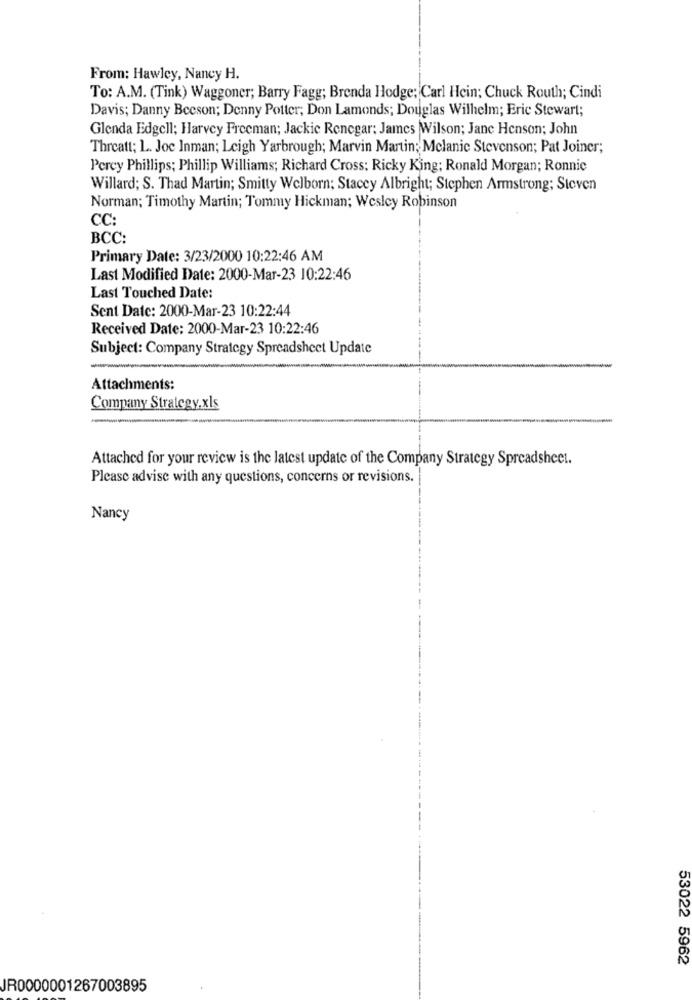
From: Hawley, Nancy H.
To: A.M. (Tink) Waggoner; Barry Fagg; Brenda Hodge: Carl Hein; Chuck Routh; Cindi
Davis; Danny Beeson; Denny Potter; Don Lamonds; Douglas Wilhelm; Eric Stewart;
Glenda Edgell; Harvey Freeman; Jackie Renegar: James Wilson; Jane Henson; John
Threatt; L. Joc Inman; Leigh Yarbrough; Marvin Martin; Melanie Stevenson; Pat Joiner;
Percy Phillips; Phillip Williams; Richard Cross: Ricky King; Ronald Morgan; Ronnic
Willard; S. Thad Martin; Smitty Welborn; Stacey Albright; Stephen Armstrong; Steven
Norman; Timothy Martin; Tommy Hickman; Wesley Robinson
CC:
BCC:
Primary Date: 3/23/2000 10:22:46 AM
Last Modified Date: 2000-Mar-23 10:22:46
Last Touched Date:
Sent Date: 2000-Mar-23 10:22:44
Received Date: 2000-Mar-23 10:22:46
Subject: Company Strategy Spreadsheet Update
-
-
Attachments:
Company Strategy.xls
Attached for your review is the latest update of the Company Strategy Spreadsheet.
Please advise with any questions, concerns or revisions.
Nancy
53022 5962
JR0000001267003895